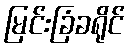
မြင်းခြံခရိုင်